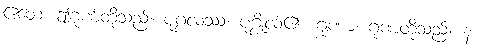
ဧတေ၊ ဤဂုဏ်တို့သည်။ ပုဂ္ဂလဿ၊ ပုဂ္ဂိုလ်၏။ ဂုဏာ၊ ဂုဏ်တို့သည်။ န၊